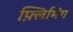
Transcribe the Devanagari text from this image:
फ़्लिमिंग